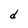
Character: d